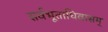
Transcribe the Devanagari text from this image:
सर्वभूताधिवासम्